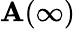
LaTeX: \mathbf{A}(\infty)